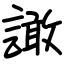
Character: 譀